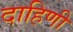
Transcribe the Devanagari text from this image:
दाहिणी